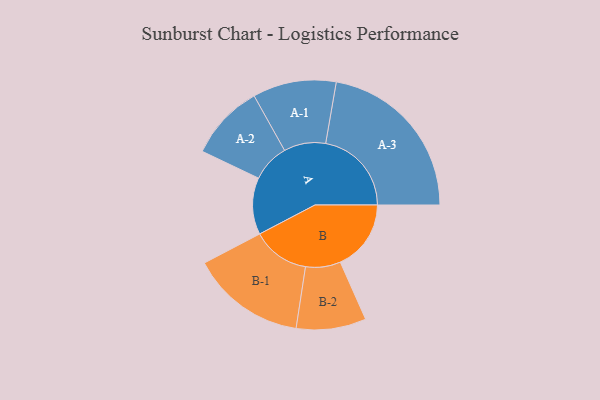
{"axis": {"x": "Segment", "y": "Value"}, "legend": ["", "A", "B"], "data": [{"x": "A", "y": 192, "type": ""}, {"x": "B", "y": 239, "type": ""}, {"x": "A-1", "y": 141, "type": "A"}, {"x": "A-2", "y": 128, "type": "A"}, {"x": "A-3", "y": 290, "type": "A"}, {"x": "B-1", "y": 194, "type": "B"}, {"x": "B-2", "y": 118, "type": "B"}]}